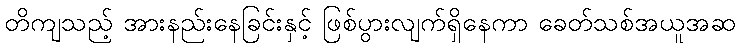
တိကျသည့် အားနည်းနေခြင်းနှင့် ဖြစ်ပွားလျက်ရှိနေကာ ခေတ်သစ်အယူအဆ